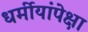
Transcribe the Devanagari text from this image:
धर्मीयांपेक्षा